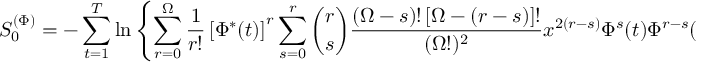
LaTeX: S _ { 0 } ^ { ( \Phi ) } = - \sum _ { t = 1 } ^ { T } \ln \left\{ \sum _ { r = 0 } ^ { \Omega } \frac { 1 } { r ! } \left[ \Phi ^ { * } ( t ) \right] ^ { r } \sum _ { s = 0 } ^ { r } { \binom { r } { s } } \frac { ( \Omega - s ) ! \left[ \Omega - ( r - s ) \right] ! } { ( \Omega ! ) ^ { 2 } } x ^ { 2 ( r - s ) } \Phi ^ { s } ( t ) \Phi ^ { r - s } ( t - 1 ) \right\} \ .